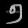
Digit: ၅